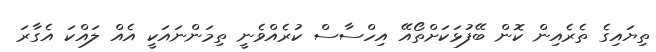
ތިޔައިގެ ތެރެއިން ކޮން ބޭފުޅަކަށްތޯއޭ އިހްސާސް ކުރެއްވެނީ ތިމަންނައަކީ އެއް ލައްކަ އެގާރަ